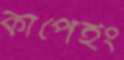
কাপেইং